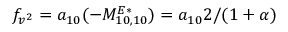
f _ { v ^ { 2 } } = a _ { 1 0 } ( - M _ { 1 0 , 1 0 } ^ { E * } ) = a _ { 1 0 } 2 / ( 1 + \alpha )